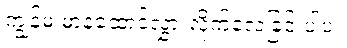
ကျွန်မ မာနထောင်လွှားလိုက်လေခြင်းပါပဲ။